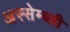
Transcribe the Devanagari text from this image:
अस्सेम्ब्ली